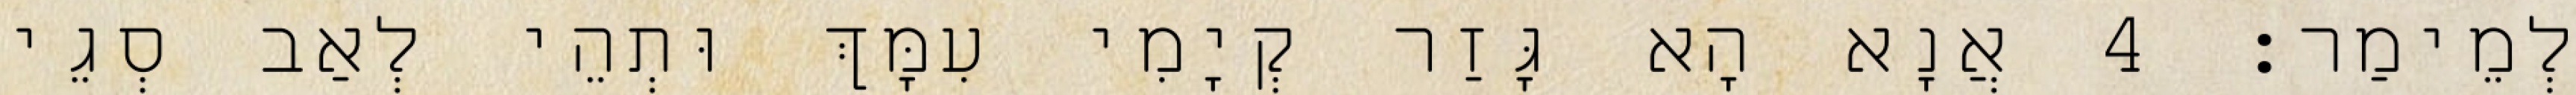
לְמֵימַר׃ 4 אֲנָא הָא גָּזַר קְיָמִי עִמָּךְ וּתְהֵי לְאַב סְגֵי